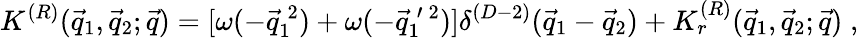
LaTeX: K^{(R)}(\vec{q}_{1},\vec{q}_{2};\vec{q})=[\omega(-\vec{q}_{1}^{\: 2})+\omega(-\vec{q}_{1}^{\: \prime\: 2})]\delta^{(D-2)}(\vec{q}_{1}-\vec{q}_{2})+K_{r}^{(R)}(\vec{q}_{1},\vec{q}_{2};\vec{q})\; ,